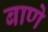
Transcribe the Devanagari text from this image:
बाणे